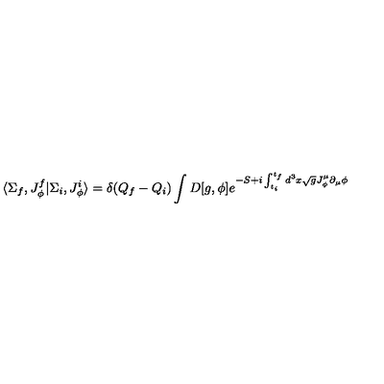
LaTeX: \langle \Sigma _ { f } , J _ { \phi } ^ { f } \vert \Sigma _ { i } , J _ { \phi } ^ { i } \rangle = \delta ( Q _ { f } - Q _ { i } ) \int D [ g , \phi ] { e ^ { - S + i \int _ { t _ { i } } ^ { t _ { f } } d ^ { 3 } x \sqrt { g } J _ { \phi } ^ { \mu } \partial _ { \mu } \phi } }